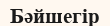
Бәйшегір